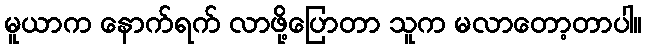
မူယာက နောက်ရက် လာဖို့ပြောတာ သူက မလာတော့တာပါ။